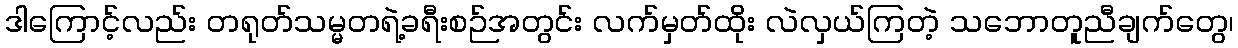
ဒါကြောင့်လည်း တရုတ်သမ္မတရဲ့ခရီးစဉ်အတွင်း လက်မှတ်ထိုး လဲလှယ်ကြတဲ့ သဘောတူညီချက်တွေ၊